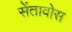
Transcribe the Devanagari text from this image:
सेंतावोस